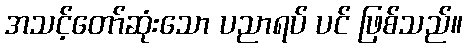
အသင့်တော်ဆုံးသော ပညာရပ် ပင် ဖြစ်သည်။